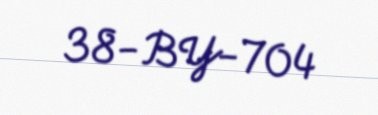
38-BY-704